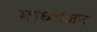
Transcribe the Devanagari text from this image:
माध्यांजन